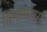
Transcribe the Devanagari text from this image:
तिनामोउस